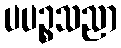
ပပဉ္စသညာ